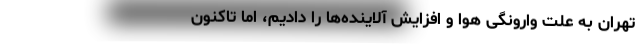
تهران به علت وارونگی هوا و افزایش آلاینده‌ها را دادیم، اما تاکنون